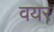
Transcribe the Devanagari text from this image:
वयर